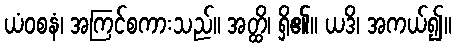
ယံဝစနံ၊ အကြင်စကားသည်။ အတ္ထိ၊ ရှိ၏။ ယဒိ၊ အကယ်၍။